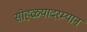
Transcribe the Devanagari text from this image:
सोहळयादरम्यान